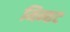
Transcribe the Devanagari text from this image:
मिन्छट